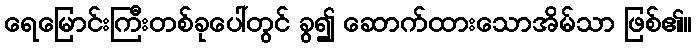
ရေမြောင်းကြီးတစ်ခုပေါ်တွင် ခွ၍ ဆောက်ထားသောအိမ်သာ ဖြစ်၏။